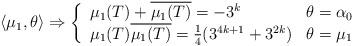
LaTeX: \begin{align*}\langle \mu_1,\theta\rangle \Rightarrow \left\{ \begin{array}{ll} \mu_1(T)+\overline{\mu_1(T)}= -3^k & \theta=\alpha_0\\ \mu_1(T)\overline{\mu_1(T)}= \frac{1}{4}(3^{4k+1}+3^{2k})& \theta=\mu_1\\ \end{array} \right.\end{align*}